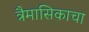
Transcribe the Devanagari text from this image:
त्रैमासिकाचा